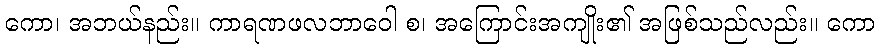
ကော၊ အဘယ်နည်း။ ကာရဏဖလဘာဝေါ စ၊ အကြောင်းအကျိုး၏ အဖြစ်သည်လည်း။ ကော